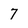
Character: 7